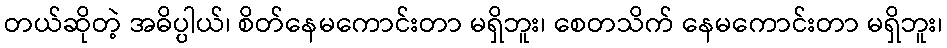
တယ်ဆိုတဲ့ အဓိပ္ပါယ်၊ စိတ်နေမကောင်းတာ မရှိဘူး၊ စေတသိက် နေမကောင်းတာ မရှိဘူး၊